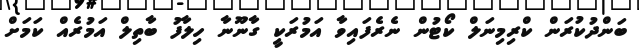
ބަންދުކުރަން ކްރިމިނަލް ކޯޓުން ނެރެފައިވާ އަމުރަކީ ގާނޫނާ ހިލާފު ބާތިލް އަމުރެއް ކަމަށް